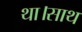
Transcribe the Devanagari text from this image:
था।साथ